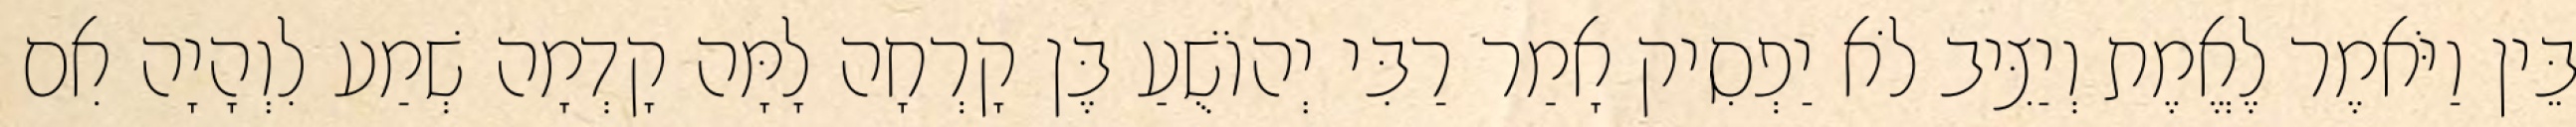
בֵּין וַיֹּאמֶר לֶאֱמֶת וְיַצִּיב לֹא יַפְסִיק אָמַר רַבִּי יְהוֹשֻׁעַ בֶּן קָרְחָה לָמָּה קָדְמָה שְׁמַע לִוְהָיָה אִם